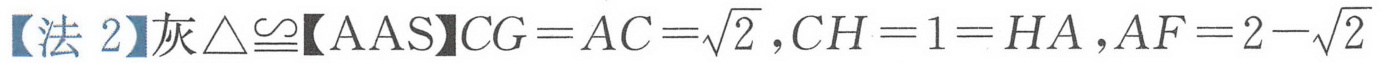
【法 2】灰\(\triangle\cong\)【AAS】\(CG = AC=\sqrt{2}\)，\(CH = 1 = HA\)，\(AF = 2-\sqrt{2}\)